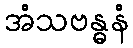
အံသဗန္ဓနံ